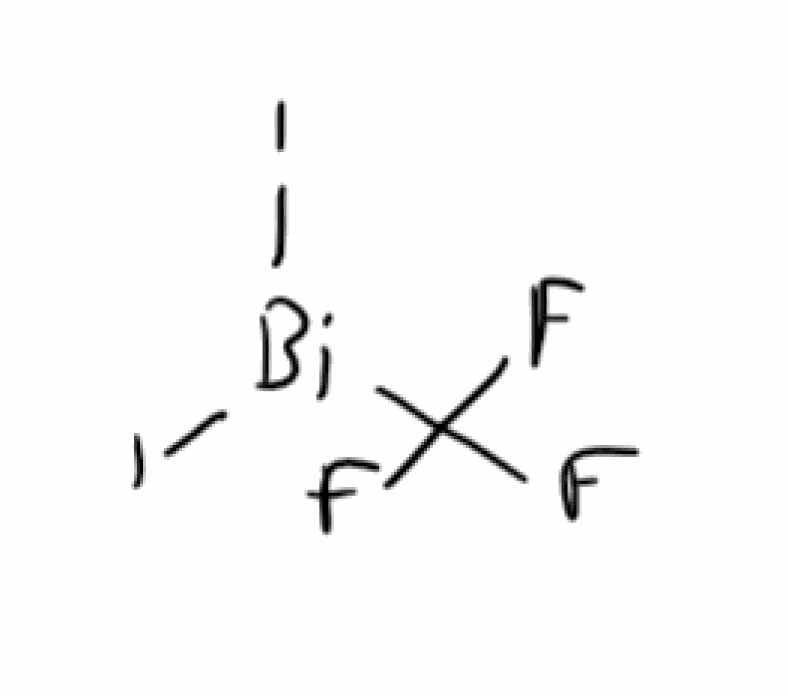
Simplified molecular-input line-entry system (SMILES) notation of the given molecule:
C(F)(F)(F)[Bi](I)I